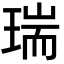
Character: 瑞